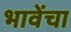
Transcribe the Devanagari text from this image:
भावेंचा